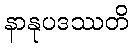
နာနုပဒဿတိ